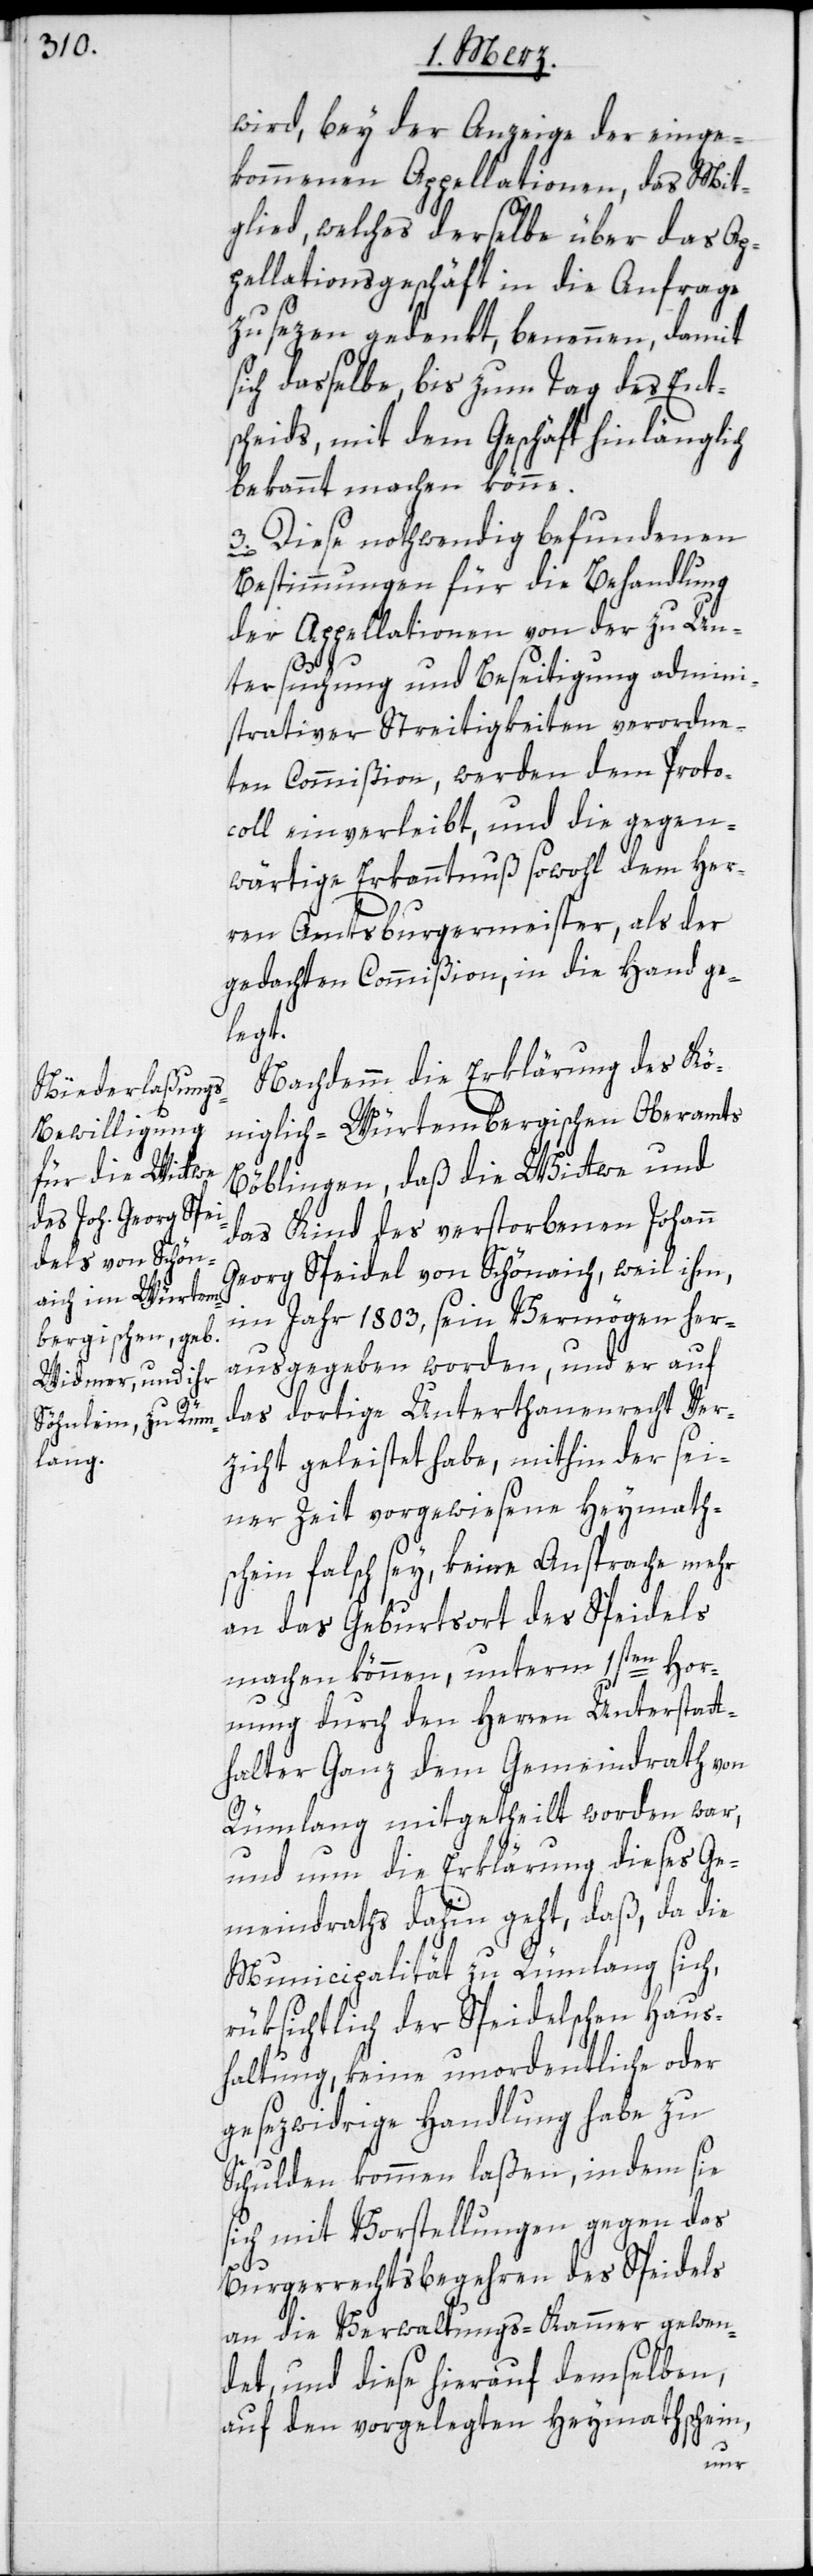
wird, bey der Anzeige der einge¬
kommenen Appellationen, das Mit¬
glied, welches derselbe über das Ap¬
pellationsgeschäft in die Anfrage
zu sezen gedenkt, benennen, damit
sich dasselbe, bis zum Tag des Ent¬
scheids, mit dem Geschäft hinlänglich
bekannt machen könne.
3. Diese nothwendig befundenden
Bestimmungen für die Behandlung
der Appellationen von der zu Un¬
tersuchung und Beseitigung admini¬
strativer Streitigkeiten verordne¬
ten Commißion, werden dem Proto¬
coll einverleibt, und die gegen¬
wärtige Erkanntnuß sowohl dem Her¬
ren Amtsburgermeister, als der
gedachten Commißion, in die Hand ge¬
legt.
Nachdem die Erklärung des Kö¬
niglich-Würtembergischen Oberamts
Böblingen, daß die Wittwe und
das Kind des verstorbenen Johann
Georg Speidel von Schönaich, weil ihm,
im Jahr 1803, sein Vermögen her¬
ausgegeben worden, und er auf
das dortige Unterthanenrecht Ver¬
zicht geleistet habe, mithin der sei¬
ner Zeit vorgewiesene Heymath¬
schein falsch sey, keine Ansprache mehr
an das Geburtsort des Speidels
machen können, unterm 1sten Hor¬
nung durch den Herren Unterstatt¬
halter Ganz dem Gemeindrath von
Rümlang mitgetheilt worden war,
und nun die Erklärung dieses Ge¬
meindraths dahin geht, daß, da die
Municipalität zu Rümlang sich,
rüksichtlich der Speidelschen Haus¬
haltung, keine unordentliche oder
gesezwidrige Handlung habe zu
Schulden kommen laßen, indem sie
sich mit Vorstellungen gegen das
Burgerrechtsbegehren des Speidels
an die Verwaltungs-Kammer gewen¬
det, und diese hierauf demselben,
auf den vorgelegten Heymathschein,